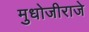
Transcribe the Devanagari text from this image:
मुधोजीराजे